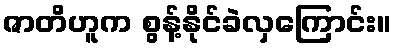
ဇာတိဟူက စွန့်နိုင်ခဲလှကြောင်း။